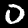
Digit: 0